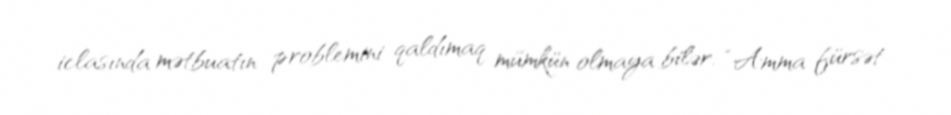
iclasında mətbuatın problemini qaldımaq mümkün olmaya bilər: “Amma fürsət